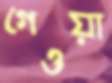
গেওয়া